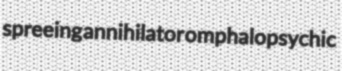
spreeing annihilator omphalopsychic